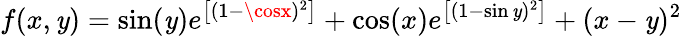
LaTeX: f(x,\mathit{y})=\sin(\mathit{y})e^{\left[(1-\cosx)^{2}\right]}+\cos(x)e^{\left[(1-\sin\mathit{y})^{2}\right]}+(x-\mathit{y})^{2}